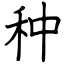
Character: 种